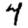
Digit: 4